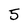
Character: 5